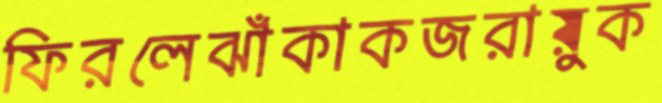
ফিরলেঝাঁকাকজরায়ুক